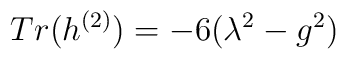
Tr(h^{(2)})=-6(\lambda^2-g^2)